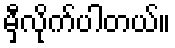
မှီလိုက်ပါတယ်။